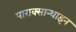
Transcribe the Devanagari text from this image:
पाराक्सान्थाइन